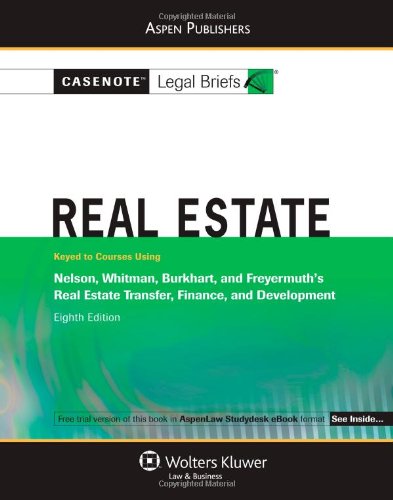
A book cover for Real Estate: Nelson Whitman Burkhart & Freyermuth 8e; Casenote Legal Briefs Casenote Legal Briefs; Business & Money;